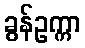
ခွန်ဥက္ကာ